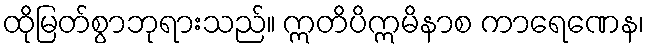
ထိုမြတ်စွာဘုရားသည်။ ဣတိပိဣမိနာစ ကာရေဏေန၊